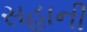
સહાની